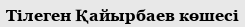
Тілеген Қайырбаев көшесі